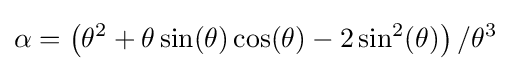
\alpha =\left(\theta ^{2}+\theta \sin(\theta )\cos(\theta )-2\sin ^{2}(\theta )\right)/\theta ^{3}